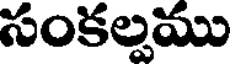
సంకల్పము